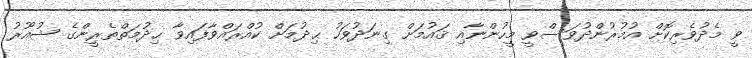
ވީ މެދުވެރިކޮށް އުމުރުންދުވަސްވީ މީހުންނާއި ޤައުމަށް ގިނަދުވަހު ޙިދުމަށް ކުއްރައްވާފައިވާ ޙިދުމަތްތެރީންގެ ޝުއޫރު